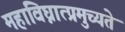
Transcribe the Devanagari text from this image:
महाविघ्नात्प्रमुच्यते